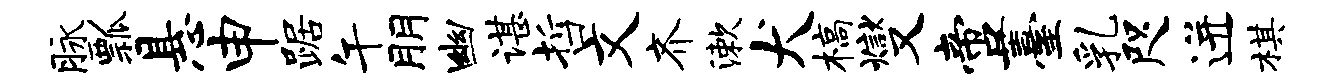
脉瓢悬申踞午朋幽谌哲文齐漱犬槁燮啻薹乳咫迸棋